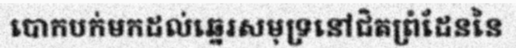
បោកបក់មកដល់ឆ្នេរសមុទ្រនៅជិតព្រំដែននៃ